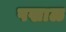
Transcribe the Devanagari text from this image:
पखाळ